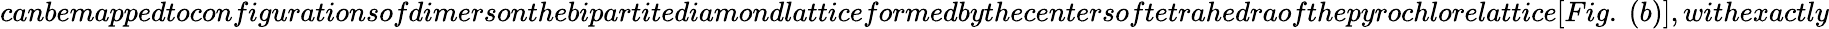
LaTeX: canbemappedtoconfigurationsofdimersonthebipartitediamondlatticeformedbythecentersoftetrahedraofthepyrochlorelattice[Fig.~(b)],withexactly